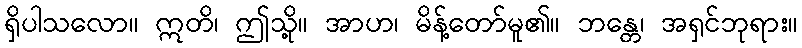
ရှိပါသလော။ ဣတိ၊ ဤသို့။ အာဟ၊ မိန့်တော်မူ၏။ ဘန္တေ၊ အရှင်ဘုရား။